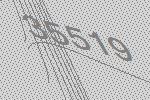
35519